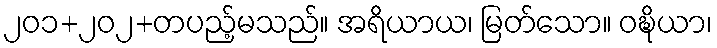
၂၀၁+၂၀၂+တပည့်မသည်။ အရိယာယ၊ မြတ်သော။ ဝဍ္ဎိယာ၊